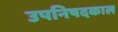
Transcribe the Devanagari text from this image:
उपनिषदकाल